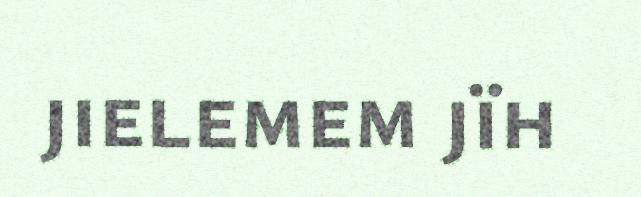
jielemem jïh